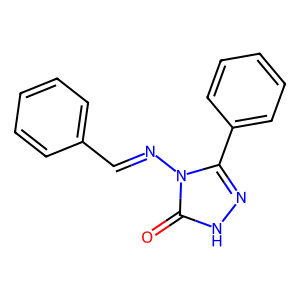
SMILES: O=c1[nH]nc(-c2ccccc2)n1N=Cc1ccccc1
Inhibits HIV replication: No